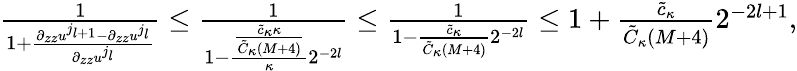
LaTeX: \begin{array}{r}{\frac{1}{1+\frac{\partial_{zz}u^{j_{l+1}}-\partial_{zz}u^{j_{l}}}{\partial_{zz}u^{j_{l}}}}\leq\frac{1}{1-\frac{\frac{\tilde{c}_{\kappa}\kappa}{\tilde{C}_{\kappa}(M+4)}}{\kappa}2^{-2l}}\leq\frac 1{1-\frac{\tilde{c}_{\kappa}}{\tilde{C}_{\kappa}(M+4)}2^{-2l}}\leq 1+\frac{\tilde{c}_{\kappa}}{\tilde{C}_{\kappa}(M+4)}2^{-2l+1},}\end{array}